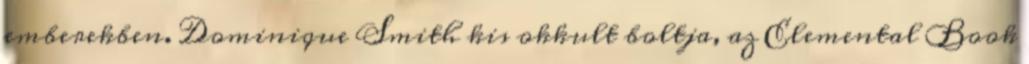
emberekben. Dominique Smith kis okkult boltja, az Elemental Book